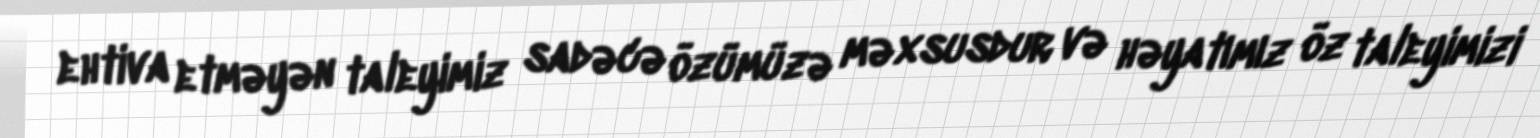
ehtiva etməyən taleyimiz sadəcə özümüzə məxsusdur və həyatımız öz taleyimizi